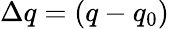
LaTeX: \Delta q=(q-q_{0})